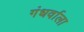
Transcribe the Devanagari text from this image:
गंधर्वाला